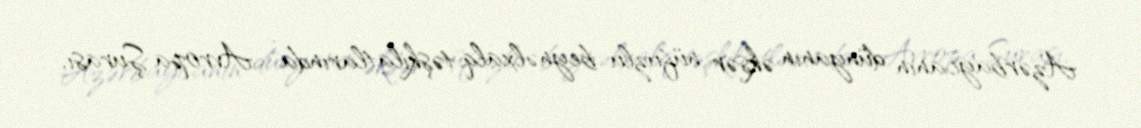
Azərbaycanın dünyanın əksər nüfuzlu beynəlxalq təşkilatlarında - Avropa Şurası,